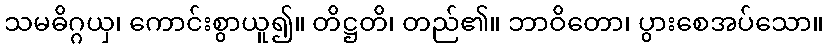
သမဓိဂ္ဂယှ၊ ကောင်းစွာယူ၍။ တိဋ္ဌတိ၊ တည်၏။ ဘာဝိတော၊ ပွားစေအပ်သော။